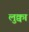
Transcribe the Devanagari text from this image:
लुक्वा